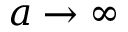
a \to \infty